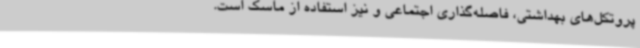
پروتکل‌های بهداشتی، فاصله‌گذاری اجتماعی و نیز استفاده از ماسک است.